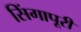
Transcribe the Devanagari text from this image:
सिंगापूरी